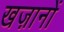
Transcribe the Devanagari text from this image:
खज़ानों